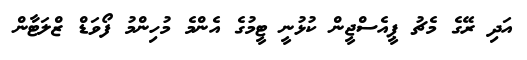
އަދި ރޭގެ މެޗު ޕީއެސްޖީން ކުޅުނީ ޓީމުގެ އެންމެ މުހިންމު ފޯވަޑް ޒްލަޓާން